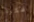
فكرة